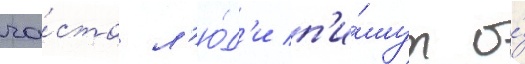
ча́сто л'ю́д'и п'и́шут о́